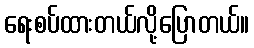
ရေးစပ်ထားတယ်လို့ပြောတယ်။